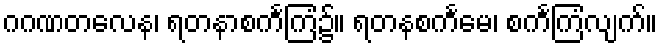
ဂဂဏတလေန၊ ရတနာစင်္ကကြံ၌။ ရတနစင်္ကမေ၊ စင်္ကကြံလျက်။